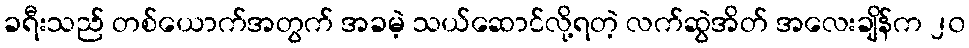
ခရီးသည် တစ်ယောက်အတွက် အခမဲ့ သယ်ဆောင်လို့ရတဲ့ လက်ဆွဲအိတ် အလေးချိန်က ၂၀